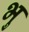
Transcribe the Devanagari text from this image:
भु